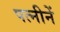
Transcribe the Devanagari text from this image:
पत्नीनें